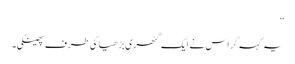
”
یہ کہہ کر اس نے ایک گٹھری بڑھیا کی طرف پھینکی۔